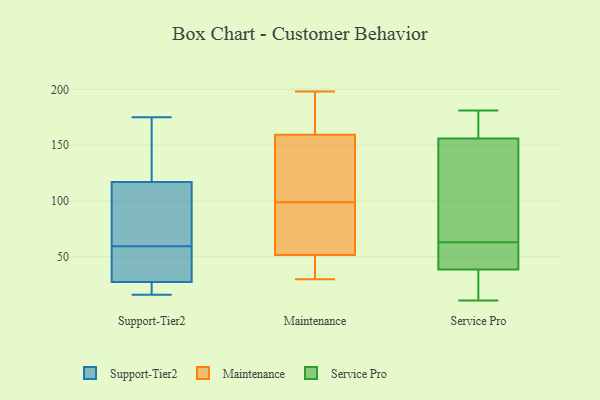
{"axis": {"x": "Bounce Rate (%)", "y": "Value"}, "legend": ["Maintenance", "Service Pro", "Support-Tier2"], "data": [{"x": "", "y": 29, "type": "Support-Tier2"}, {"x": "", "y": 53, "type": "Support-Tier2"}, {"x": "", "y": 85, "type": "Support-Tier2"}, {"x": "", "y": 139, "type": "Support-Tier2"}, {"x": "", "y": 73, "type": "Support-Tier2"}, {"x": "", "y": 24, "type": "Support-Tier2"}, {"x": "", "y": 65, "type": "Support-Tier2"}, {"x": "", "y": 95, "type": "Support-Tier2"}, {"x": "", "y": 16, "type": "Support-Tier2"}, {"x": "", "y": 23, "type": "Support-Tier2"}, {"x": "", "y": 21, "type": "Support-Tier2"}, {"x": "", "y": 175, "type": "Support-Tier2"}, {"x": "", "y": 42, "type": "Support-Tier2"}, {"x": "", "y": 139, "type": "Support-Tier2"}, {"x": "", "y": 165, "type": "Support-Tier2"}, {"x": "", "y": 162, "type": "Support-Tier2"}, {"x": "", "y": 36, "type": "Support-Tier2"}, {"x": "", "y": 70, "type": "Support-Tier2"}, {"x": "", "y": 54, "type": "Support-Tier2"}, {"x": "", "y": 26, "type": "Support-Tier2"}, {"x": "", "y": 115, "type": "Maintenance"}, {"x": "", "y": 110, "type": "Maintenance"}, {"x": "", "y": 32, "type": "Maintenance"}, {"x": "", "y": 57, "type": "Maintenance"}, {"x": "", "y": 30, "type": "Maintenance"}, {"x": "", "y": 198, "type": "Maintenance"}, {"x": "", "y": 160, "type": "Maintenance"}, {"x": "", "y": 177, "type": "Maintenance"}, {"x": "", "y": 93, "type": "Maintenance"}, {"x": "", "y": 159, "type": "Maintenance"}, {"x": "", "y": 99, "type": "Maintenance"}, {"x": "", "y": 84, "type": "Maintenance"}, {"x": "", "y": 36, "type": "Maintenance"}, {"x": "", "y": 55, "type": "Service Pro"}, {"x": "", "y": 54, "type": "Service Pro"}, {"x": "", "y": 32, "type": "Service Pro"}, {"x": "", "y": 181, "type": "Service Pro"}, {"x": "", "y": 41, "type": "Service Pro"}, {"x": "", "y": 158, "type": "Service Pro"}, {"x": "", "y": 14, "type": "Service Pro"}, {"x": "", "y": 95, "type": "Service Pro"}, {"x": "", "y": 156, "type": "Service Pro"}, {"x": "", "y": 11, "type": "Service Pro"}, {"x": "", "y": 63, "type": "Service Pro"}, {"x": "", "y": 156, "type": "Service Pro"}, {"x": "", "y": 106, "type": "Service Pro"}]}